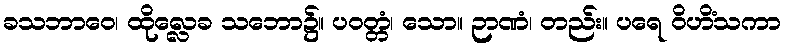
ခသဘာဝေ၊ ထိုလ္လေခ သဘော၌။ ပဝတ္တံ၊ သော။ ဉာဏံ၊ တည်း။ ပရေ ဝိဟိံသကာ